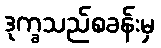
ဒုက္ခသည်စခန်းမှ